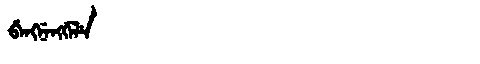
Manchu: ᠪᡝᠩᠨᡝᠩᡤᡝᠯᡝ
Romanization: BENGNENGGELE